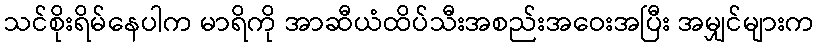
သင်စိုးရိမ်နေပါက မာရိကို အာဆီယံထိပ်သီးအစည်းအဝေးအပြီး အမျှင်များက